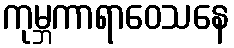
ကုမ္ဘကာရာဝေသနေ